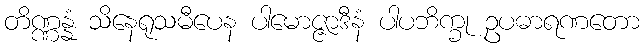
တိဏ္ဏန္နံ သိနေရုသမီပေန ပါမောဇ္ဇာဒီနံ ပါပဘိက္ခု ဥပဓာရဏတော